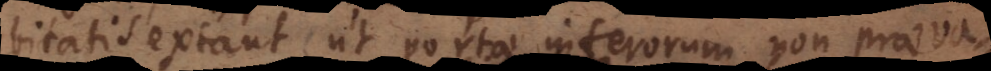
bitatis extant ut portae inferorum non praeval